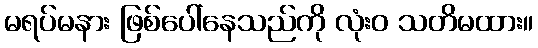
မရပ်မနား ဖြစ်ပေါ်နေသည်ကို လုံးဝ သတိမထား။